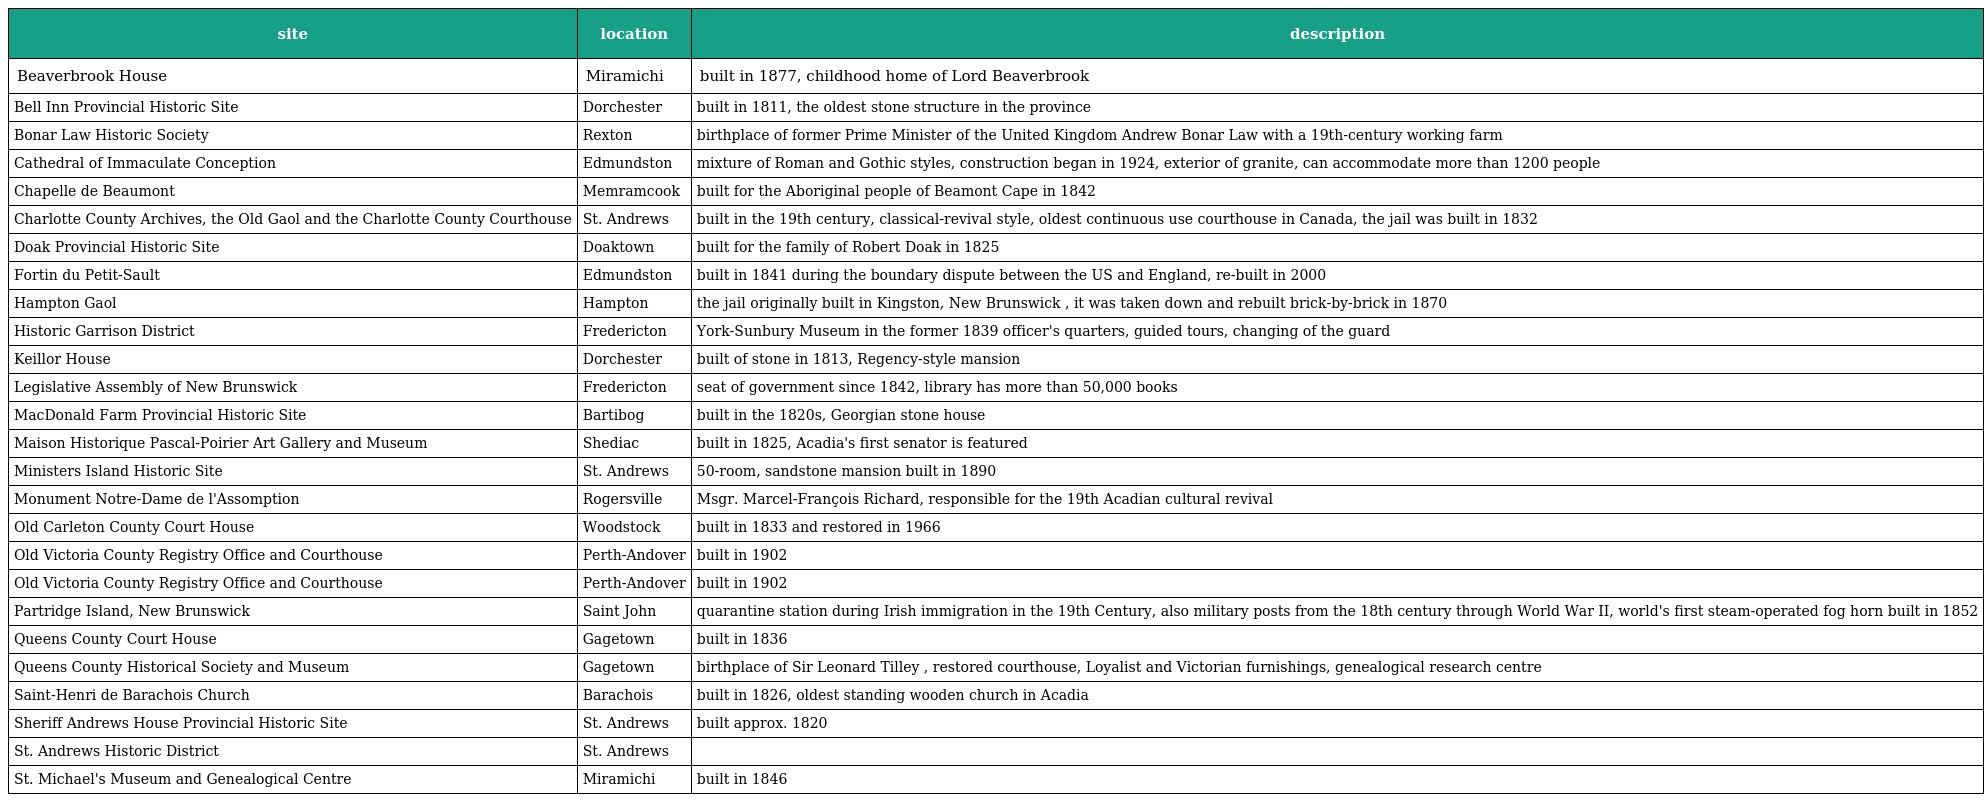
| site | location | description |
 | --- | --- | --- |
 | Beaverbrook House | Miramichi | built in 1877, childhood home of Lord Beaverbrook |
 | Bell Inn Provincial Historic Site | Dorchester | built in 1811, the oldest stone structure in the province |
 | Bonar Law Historic Society | Rexton | birthplace of former Prime Minister of the United Kingdom Andrew Bonar Law with a 19th-century working farm |
 | Cathedral of Immaculate Conception | Edmundston | mixture of Roman and Gothic styles, construction began in 1924, exterior of granite, can accommodate more than 1200 people |
 | Chapelle de Beaumont | Memramcook | built for the Aboriginal people of Beamont Cape in 1842 |
 | Charlotte County Archives, the Old Gaol and the Charlotte County Courthouse | St. Andrews | built in the 19th century, classical-revival style, oldest continuous use courthouse in Canada, the jail was built in 1832 |
 | Doak Provincial Historic Site | Doaktown | built for the family of Robert Doak in 1825 |
 | Fortin du Petit-Sault | Edmundston | built in 1841 during the boundary dispute between the US and England, re-built in 2000 |
 | Hampton Gaol | Hampton | the jail originally built in Kingston, New Brunswick , it was taken down and rebuilt brick-by-brick in 1870 |
 | Historic Garrison District | Fredericton | York-Sunbury Museum in the former 1839 officer's quarters, guided tours, changing of the guard |
 | Keillor House | Dorchester | built of stone in 1813, Regency-style mansion |
 | Legislative Assembly of New Brunswick | Fredericton | seat of government since 1842, library has more than 50,000 books |
 | MacDonald Farm Provincial Historic Site | Bartibog | built in the 1820s, Georgian stone house |
 | Maison Historique Pascal-Poirier Art Gallery and Museum | Shediac | built in 1825, Acadia's first senator is featured |
 | Ministers Island Historic Site | St. Andrews | 50-room, sandstone mansion built in 1890 |
 | Monument Notre-Dame de l'Assomption | Rogersville | Msgr. Marcel-François Richard, responsible for the 19th Acadian cultural revival |
 | Old Carleton County Court House | Woodstock | built in 1833 and restored in 1966 |
 | Old Victoria County Registry Office and Courthouse | Perth-Andover | built in 1902 |
 | Old Victoria County Registry Office and Courthouse | Perth-Andover | built in 1902 |
 | Partridge Island, New Brunswick | Saint John | quarantine station during Irish immigration in the 19th Century, also military posts from the 18th century through World War II, world's first steam-operated fog horn built in 1852 |
 | Queens County Court House | Gagetown | built in 1836 |
 | Queens County Historical Society and Museum | Gagetown | birthplace of Sir Leonard Tilley , restored courthouse, Loyalist and Victorian furnishings, genealogical research centre |
 | Saint-Henri de Barachois Church | Barachois | built in 1826, oldest standing wooden church in Acadia |
 | Sheriff Andrews House Provincial Historic Site | St. Andrews | built approx. 1820 |
 | St. Andrews Historic District | St. Andrews |  |
 | St. Michael's Museum and Genealogical Centre | Miramichi | built in 1846 |